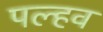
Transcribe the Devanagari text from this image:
पल्हव